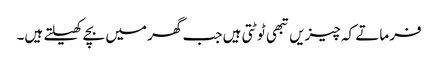
فرماتے کہ چیزیں تبھی ٹوٹتی ہیں جب گھر میں بچے کھیلتے ہیں۔